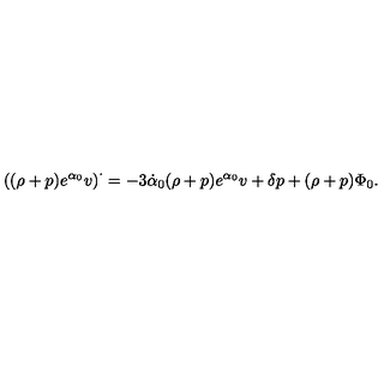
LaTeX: \left( ( \rho + p ) e ^ { \alpha _ { 0 } } v \right) ^ { \cdot } = - 3 \dot { \alpha } _ { 0 } ( \rho + p ) e ^ { \alpha _ { 0 } } v + \delta p + ( \rho + p ) \Phi _ { 0 } .